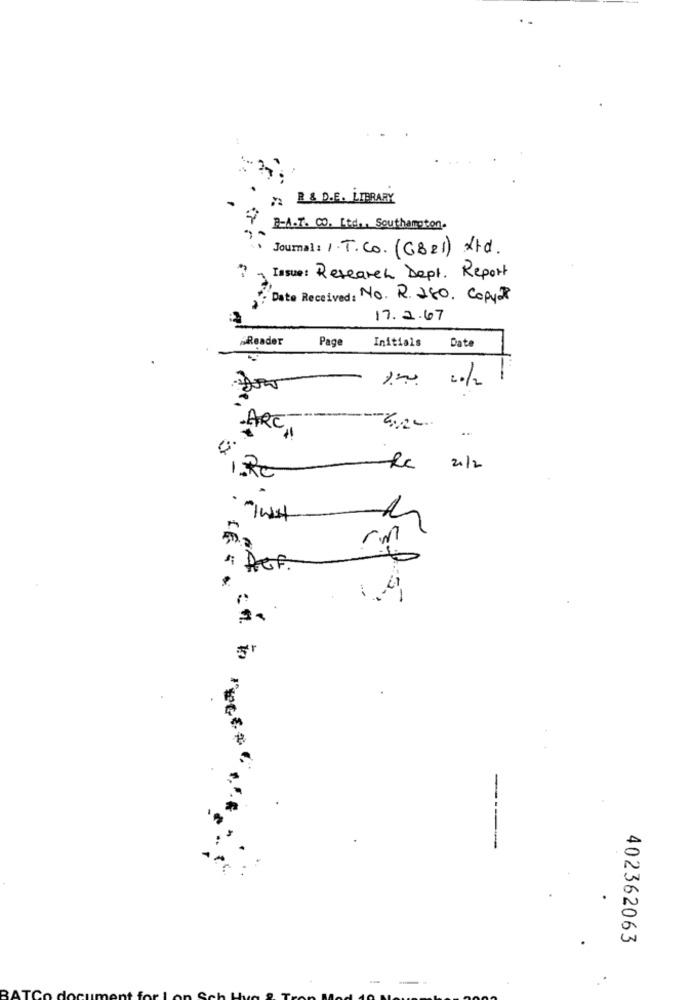
2 B & D.E. LIBRARY
B-A.T. CO. Ltd ., Southampton.
Journal : 1.T.Co. (G821) Ltd.
Issue: Research Dept. Report
Date Received: No. R. 280. Copy-7
17.2.67
Reader
Page
Initials
Date
20/2
ARC,
-4.20.
21/2
1 .: RC
N
rm
AGF.
402362063